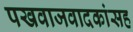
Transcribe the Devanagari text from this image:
पखवाजवादकांसह